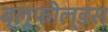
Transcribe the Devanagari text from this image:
ब्लूफील्डस